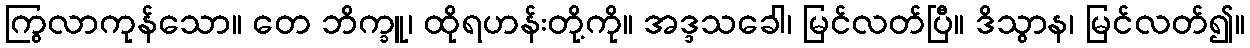
ကြွလာကုန်သော။ တေ ဘိက္ခူ၊ ထိုရဟန်းတို့ကို။ အဒ္ဒသခေါ၊ မြင်လတ်ပြီ။ ဒိသွာန၊ မြင်လတ်၍။